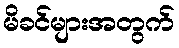
မိခင်များအတွက်